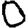
Digit: 0